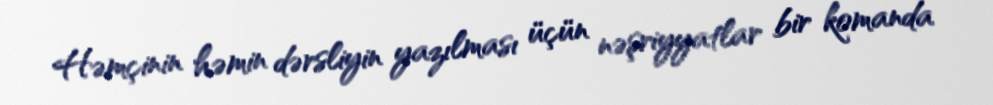
Həmçinin həmin dərsliyin yazılması üçün nəşriyyatlar bir komanda